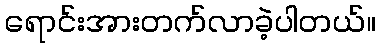
ရောင်းအားတက်လာခဲ့ပါတယ်။